Report of the King Institute of Preventive Medicine, Guindy
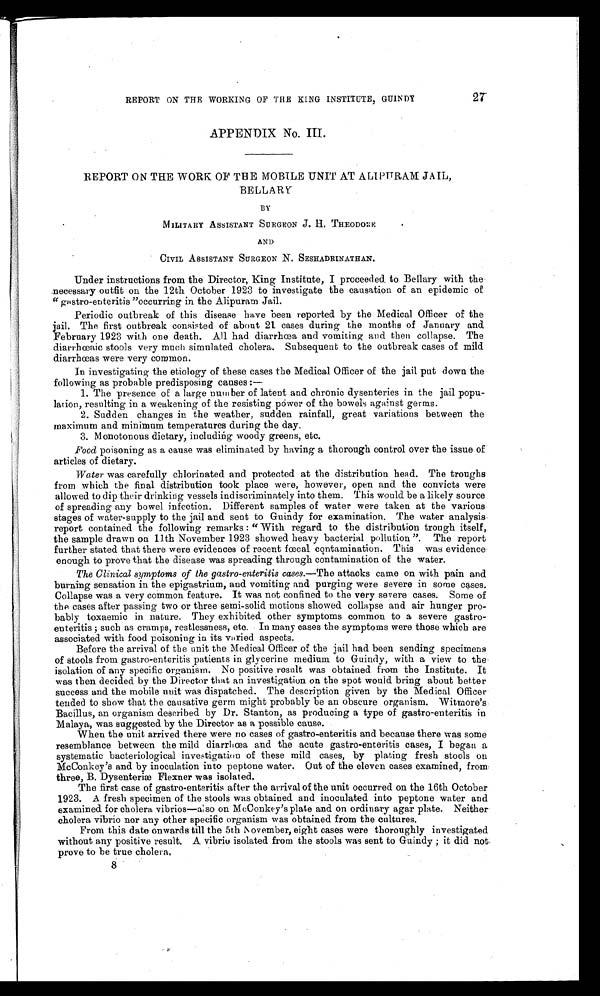
27
REPORT ON THE WORKING OF THE KING INSTITUTE, GUINDY
APPENDIX No. III.
REPORT ON THE WORK OF THE MOBILE UNIT AT ALIPURAM JAIL,
BELLARY
BY
MILITARY ASSISTANT SURGEON J . H. THEODORE
AND
CIVIL ASSISTANT SURGEON N . SESHADRINATHAN.
Under instructions from the Director, King Institute, I proceeded to Bellary with the
necessary outfit on the 12th October 1923 to investigate the causation of an epidemic of
" gastro-enteritis " occurring in the Alipuram Jail.
Periodic outbreak of this disease have been reported by the Medical Officer of the
j a i l . T h e f i r s t o u t b r e a k c o n s i s t e d o f a b o u t 2 1 c a s e s d u r i n g t h e m o n t h s o f J a n u a r y a n d
February 1923 with one death. All had diarrhœa and vomiting and then collapse. The
diarrhœaic stools very much simulated cholera. Subsequent to the outbreak cases of mild
diarrhœs were very common.
In investigating the etiology of these cases the Medical Officer of the jail put down the
following as probable predisposing causes :
—
1. The presence of a large number of latent and chronic dysenteries in the jail popu
-lation, resulting in a weakening of the resisting power of the bowels against germs.
2. Sudden changes in the weather, sudden rainfall, great variations between the
maximum and minimum temperatures during the day.
3. Monotonous dietary, including woody greens, etc.
Food poisoning as a cause was eliminated by having a thorough control over the issue of
articles of dietary.
Water was carefully chlorinated and protected at the distribution head. The troughs
from which the final distribution took place were, however, open and the convicts were
allowed to dip their drinking vessels indiscriminately into them. This would be a likely source
of spreading any bowel infection. Different samples of water were taken at the various
stages of water-supply to the jail and sent to Guindy for examination. The water analysis
report contained the following remarks : " With regard to the distribution trough itself,
the sample drawn on 11th November 1923 showed heavy bacterial pollution ". The report
further stated that there were evidences of recent foetal contamination. This was evidence
enough to prove that the disease was spreading through contamination of the water.
The Clinical symptoms of the gastro-enteritis cases.— The attacks came on with pain and
burning sensation in the epigastrium, and vomiting and purging were severe in some cases.
Collapse was a very common feature. It was not confined to the very severe cases. Some of
the cases after passing two or three semi-solid motions showed collapse and air hunger pro--
bably toxaemic in nature. They exhibited other symptoms common to a severe gastro-
enteritis ; such as cramps, restlessness, etc. In many cases the symptoms were those which are
associated with food poisoning in its varied aspects.
Before the arrival of the unit the Medical Officer of the jail had been sending specimens
of stools from gastro-enteritis patients in glycerine medium to Guindy, with a view to the
isolation of any specific organism. No positive result was obtained from the Institute. It
was then decided by the Director that an investigation on the spot would bring about better
success and the mobile unit was dispatched. The description given by the Medical Officer
tended to show that the causative germ might probably be an obscure organism. Witmore's
Bacillus, an organism described by Dr. Stanton, as producing a type of gastro-enteritis in
Malaya, was suggested by the Director as a possible cause.
When the unit arrived there were no cases of gastro-enteritis and because there was some
resemblance between the mild diarrhœa and the acute gastro-enteritis cases, I began a
systematic bacteriological investigation of these mild cases, by plating fresh stools on
McConkey's and by inoculation into peptone water. Out of the eleven cases examined, from
three, B. Dysenteriæ Flexner was isolated.
The first case of gastro-enteritis after the arrival of the unit occurred on the 16th October
1923. A fresh specimen of the stools was obtained and inoculated into peptone water and
examined for cholera vibrios—also on McConkey's plate and on ordinary agar plate. Neither
cholera vibrio nor any other specific organism was obtained from the cultures.
From this date onwards till the 5th November, eight cases were thoroughly investigated
without any positive result. A vibrio isolated from the stools was sent to Guindy ; it did not
prove to be true cholera.
8